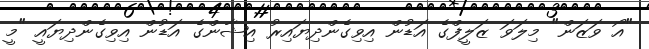
"އޯ ވަޒަން" މިލަވަ ޒަލީފްގެ އަޑުން އިވިގެންދިޔައިރު އިޝާންގެ އަޑުން އިވިގެންދިޔައީ "މީ